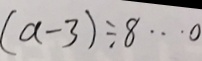
( a - 3 ) \div 8 \cdots 0